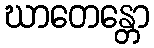
ဃာတေန္တော